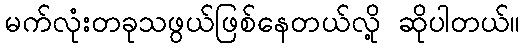
မက်လုံးတခုသဖွယ်ဖြစ်နေတယ်လို့ ဆိုပါတယ်။